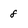
Character: 8